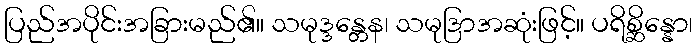
ပြည်အပိုင်းအခြားမည်၏။ သမုဒ္ဒန္တေန၊ သမုဒြာအဆုံးဖြင့်။ ပရိစ္ဆိန္နော၊